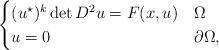
LaTeX: \begin{align*} \begin{cases} (u^{\star})^k\det D^2u = F(x, u) &\Omega\\ u=0 &\partial\Omega, \end{cases}\end{align*}